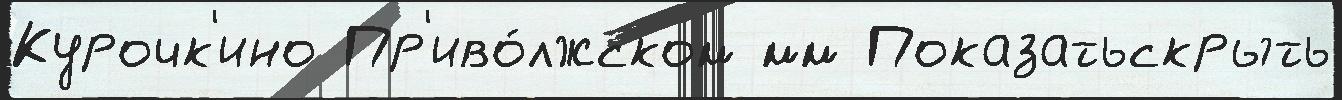
Курочк'ино Пр'иво́лжском мм Показатьскрыть